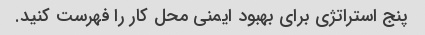
پنج استراتژی برای بهبود ایمنی محل کار را فهرست کنید.